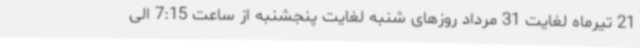
21 تیرماه لغایت 31 مرداد روزهای شنبه لغایت پنجشنبه از ساعت 7:15 الی